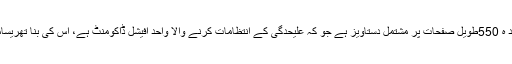
لندن اور برسلز کے مابین یورپ سے دست برداری کا معاہد ہ 550طویل صفحات پر مشتمل دستاویز ہے جو کہ علیحدگی کے انتظامات کرنے والا واحد آفیشل ڈاکومنٹ ہے، اس کی بنا تھریسامے اور بورس جانسن سے بات چیت نہایت مشکل عمل تھا۔